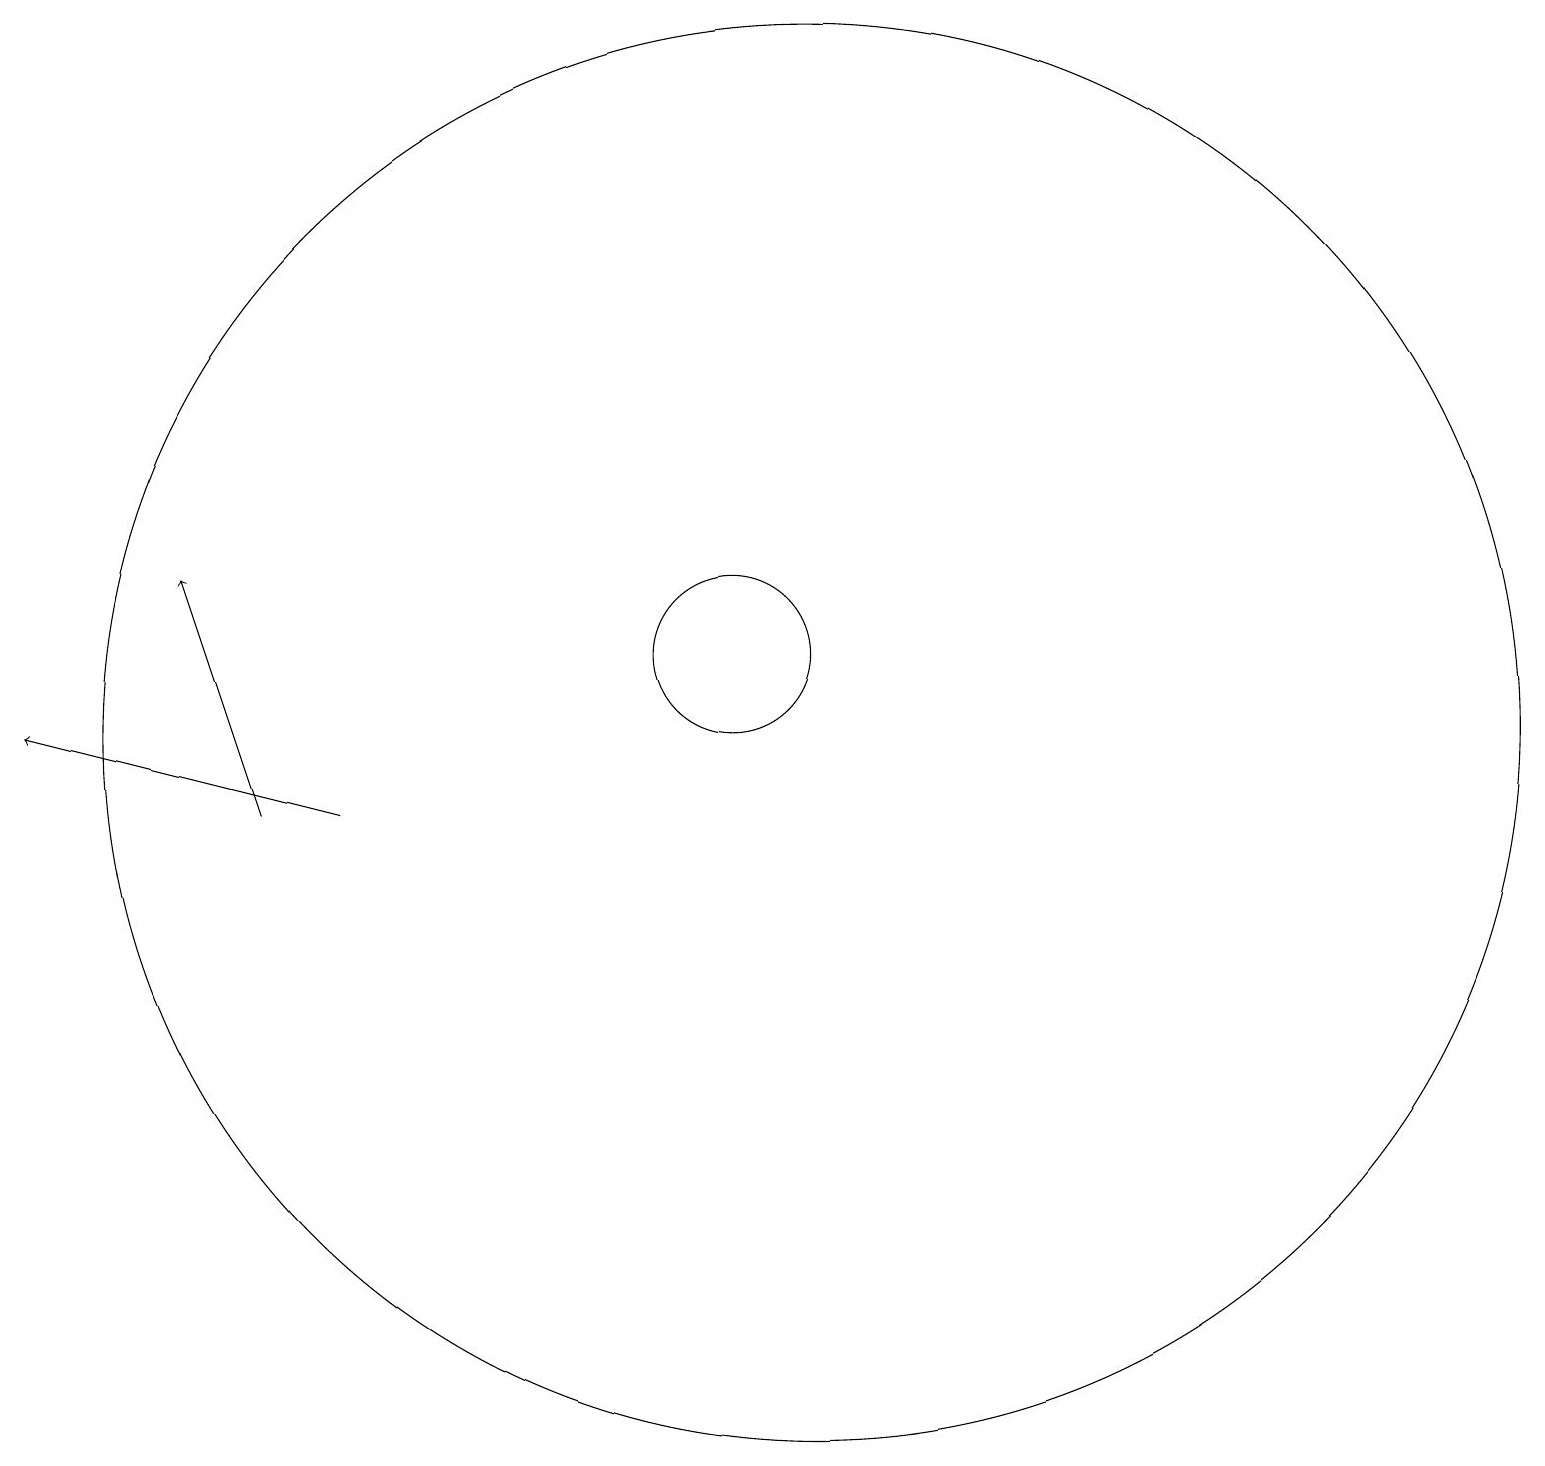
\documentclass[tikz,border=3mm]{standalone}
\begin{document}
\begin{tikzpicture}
\draw (12,11) circle (9);
\draw (11,12) circle (1);
\draw[->] (5,10) -- (4,13);
\draw (10,12) circle (0);
\draw[->] (6,10) -- (2,11);
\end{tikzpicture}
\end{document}